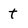
Character: t